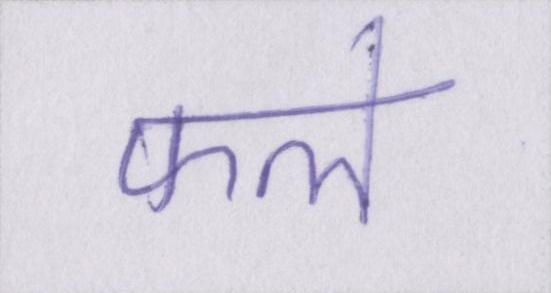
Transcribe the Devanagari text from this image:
फले